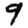
Digit: 9